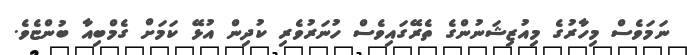
ނަމަވެސް މިހާރުގެ މިއުޒިޝަނުންގެ ތެރޭގައިވެސް ހުނަރުވެރި ކުދިން އުޅޭ ކަމަށް ގެމްބިއާ ބުންޏެވެ.